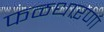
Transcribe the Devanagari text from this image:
फळधारणा